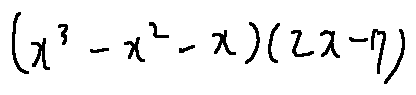
( x ^ { 3 } - x ^ { 2 } - x ) ( 2 x - 7 )